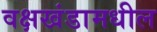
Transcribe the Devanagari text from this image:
वक्षखंडामधील